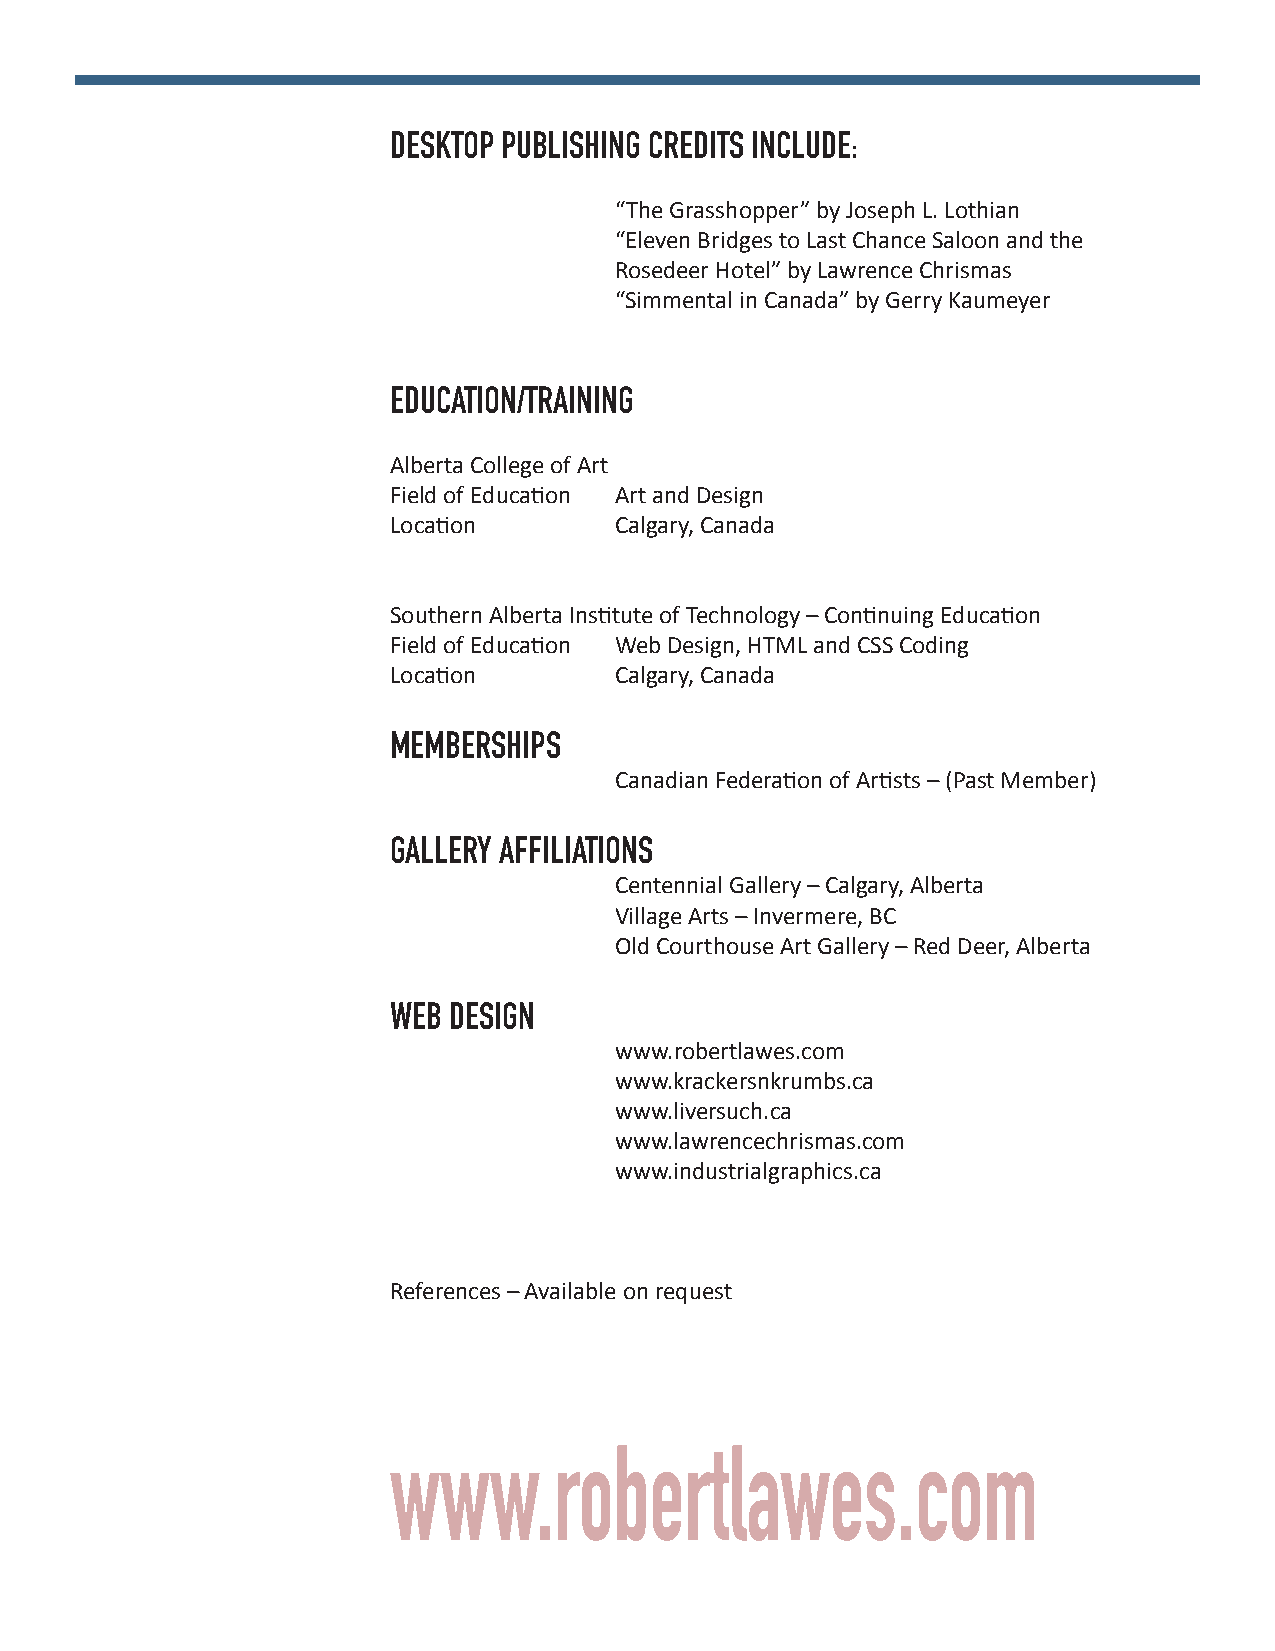
DESKTOP PUBLISHING CREDITS INCLUDE:
 “The Grasshopper” by Joseph L. Lothian
 “Eleven Bridges to Last Chance Saloon and the
 Rosedeer Hotel” by Lawrence Chrismas
 “Simmental in Canada” by Gerry Kaumeyer
 EDUCATION/TRAINING
 Alberta College of Art
 Field of Education Art and Design
 Location       Calgary, Canada
 Southern Alberta Institute of Technology – Continuing Education
 Field of Education Web Design, HTML and CSS Coding
 Location       Calgary, Canada
 MEMBERSHIPS
 Canadian Federation of Artists – (Past Member)
 GALLERY AFFILIATIONS
 Centennial Gallery – Calgary, Alberta
 Village Arts – Invermere, BC
 Old Courthouse Art Gallery – Red Deer, Alberta
 WEB DESIGN
 www.robertlawes.com
 www.krackersnkrumbs.ca
 www.liversuch.ca
 www.lawrencechrismas.com
 www.industrialgraphics.ca
 References – Available on request
 www.robertlawes.com